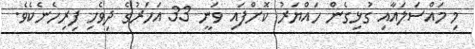
މި މައްސަލައާއި ގުޅިގެން ހައްޔަރު ކޮށްފައި ވަނީ 33 އަހަރުގެ ދިވެހި ފިރިހެނެކެވެ.